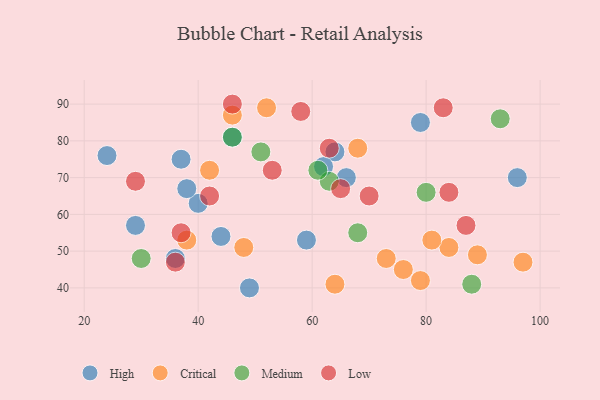
{"axis": {"x": "GDP", "y": "Life Expectancy"}, "legend": ["Critical", "High", "Low", "Medium"], "data": [{"x": "64", "y": 77, "type": "High"}, {"x": "29", "y": 57, "type": "High"}, {"x": "36", "y": 48, "type": "High"}, {"x": "37", "y": 75, "type": "High"}, {"x": "79", "y": 85, "type": "High"}, {"x": "62", "y": 73, "type": "High"}, {"x": "66", "y": 70, "type": "High"}, {"x": "46", "y": 81, "type": "High"}, {"x": "24", "y": 76, "type": "High"}, {"x": "49", "y": 40, "type": "High"}, {"x": "40", "y": 63, "type": "High"}, {"x": "38", "y": 67, "type": "High"}, {"x": "96", "y": 70, "type": "High"}, {"x": "59", "y": 53, "type": "High"}, {"x": "44", "y": 54, "type": "High"}, {"x": "97", "y": 47, "type": "Critical"}, {"x": "52", "y": 89, "type": "Critical"}, {"x": "76", "y": 45, "type": "Critical"}, {"x": "84", "y": 51, "type": "Critical"}, {"x": "64", "y": 41, "type": "Critical"}, {"x": "79", "y": 42, "type": "Critical"}, {"x": "89", "y": 49, "type": "Critical"}, {"x": "42", "y": 72, "type": "Critical"}, {"x": "68", "y": 78, "type": "Critical"}, {"x": "48", "y": 51, "type": "Critical"}, {"x": "46", "y": 87, "type": "Critical"}, {"x": "81", "y": 53, "type": "Critical"}, {"x": "38", "y": 53, "type": "Critical"}, {"x": "73", "y": 48, "type": "Critical"}, {"x": "51", "y": 77, "type": "Medium"}, {"x": "63", "y": 69, "type": "Medium"}, {"x": "93", "y": 86, "type": "Medium"}, {"x": "30", "y": 48, "type": "Medium"}, {"x": "88", "y": 41, "type": "Medium"}, {"x": "68", "y": 55, "type": "Medium"}, {"x": "61", "y": 72, "type": "Medium"}, {"x": "80", "y": 66, "type": "Medium"}, {"x": "46", "y": 81, "type": "Medium"}, {"x": "70", "y": 65, "type": "Low"}, {"x": "36", "y": 47, "type": "Low"}, {"x": "37", "y": 55, "type": "Low"}, {"x": "58", "y": 88, "type": "Low"}, {"x": "87", "y": 57, "type": "Low"}, {"x": "42", "y": 65, "type": "Low"}, {"x": "63", "y": 78, "type": "Low"}, {"x": "83", "y": 89, "type": "Low"}, {"x": "65", "y": 67, "type": "Low"}, {"x": "46", "y": 90, "type": "Low"}, {"x": "29", "y": 69, "type": "Low"}, {"x": "84", "y": 66, "type": "Low"}, {"x": "53", "y": 72, "type": "Low"}]}